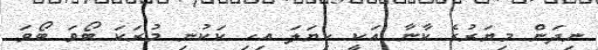
ނިދަން މިޔަރުގެ ކާނާ އަކީ ހިޔަލަ އިހި ކަކުނި މުރަކަ ބޯވަ ބޯވަ